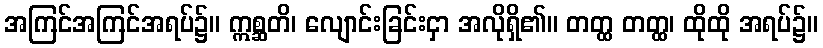
အကြင်အကြင်အရပ်၌။ ဣစ္ဆတိ၊ လျောင်းခြင်းငှာ အလိုရှိ၏။ တတ္ထ တတ္ထ၊ ထိုထို အရပ်၌။